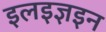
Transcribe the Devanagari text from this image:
इलइज्ञइन